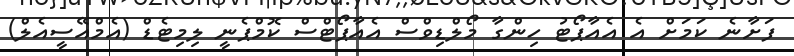
ފަށާނެ ކަމަށް އެ އެއާޕޯޓު ހިންގާ މޯލްޑިވްސް އެއާޕޯޓްސް ކޮމްޕެނީ ލިމިޓެޑް (އެމްއޭސީއެލް)